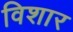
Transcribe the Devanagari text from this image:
विशार